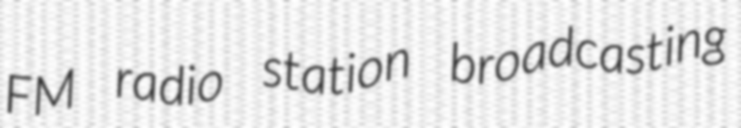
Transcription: FM radio station broadcasting